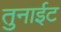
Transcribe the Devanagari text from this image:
तुनाईट